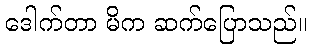
ဒေါက်တာ မိက ဆက်ပြောသည်။